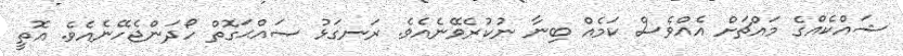
ޝައްކެއްގެ މައްޗަށް އެއްވެސް ކަމެއް ބިނާ ނުކުރެވޭނެއެވެ. ރަނގަޅު ޞައްޙަގޮތް ހޯދަންޖެހޭނެއެވެ. އޮތީ